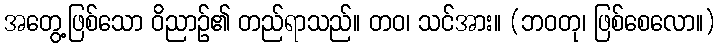
အတွေ့ဖြစ်သော ဝိညာဉ်၏ တည်ရာသည်။ တဝ၊ သင်အား။ (ဘဝတု၊ ဖြစ်စေလော။)